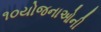
૧૦યોજનાઓની